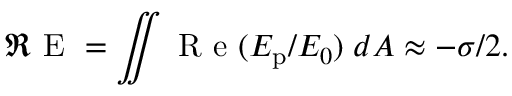
\Re \mathrm { ~ E ~ } = \iint \mathrm { ~ R ~ e ~ } ( E _ { \mathrm { p } } / E _ { 0 } ) \; d A \approx - \sigma / 2 .